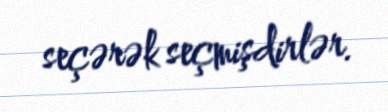
seçərək seçmişdirlər.